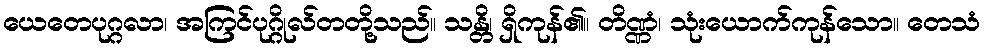
ယေတေပုဂ္ဂလာ၊ အကြင်ပုဂ္ဂိုလ်တတို့သည်။ သန္တိ၊ ရှိကုန်၏။ တိဏ္ဏံ၊ သုံးယောက်ကုန်သော။ တေသံ